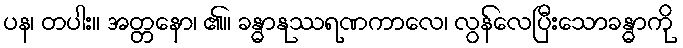
ပန၊ တပါး။ အတ္တနော၊ ၏။ ခန္ဓာနုဿရဏကာလေ၊ လွန်လေပြီးသောခန္ဓာကို